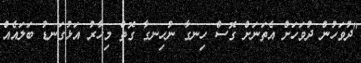
"ދުވަހުން ދުވަހަށް އެތަނަށް ގޮސް ހިނގާ ނުހިނގާ ގޮތް މިހާރު އަޅުގަނޑު ބަލައެއް